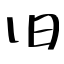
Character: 旧